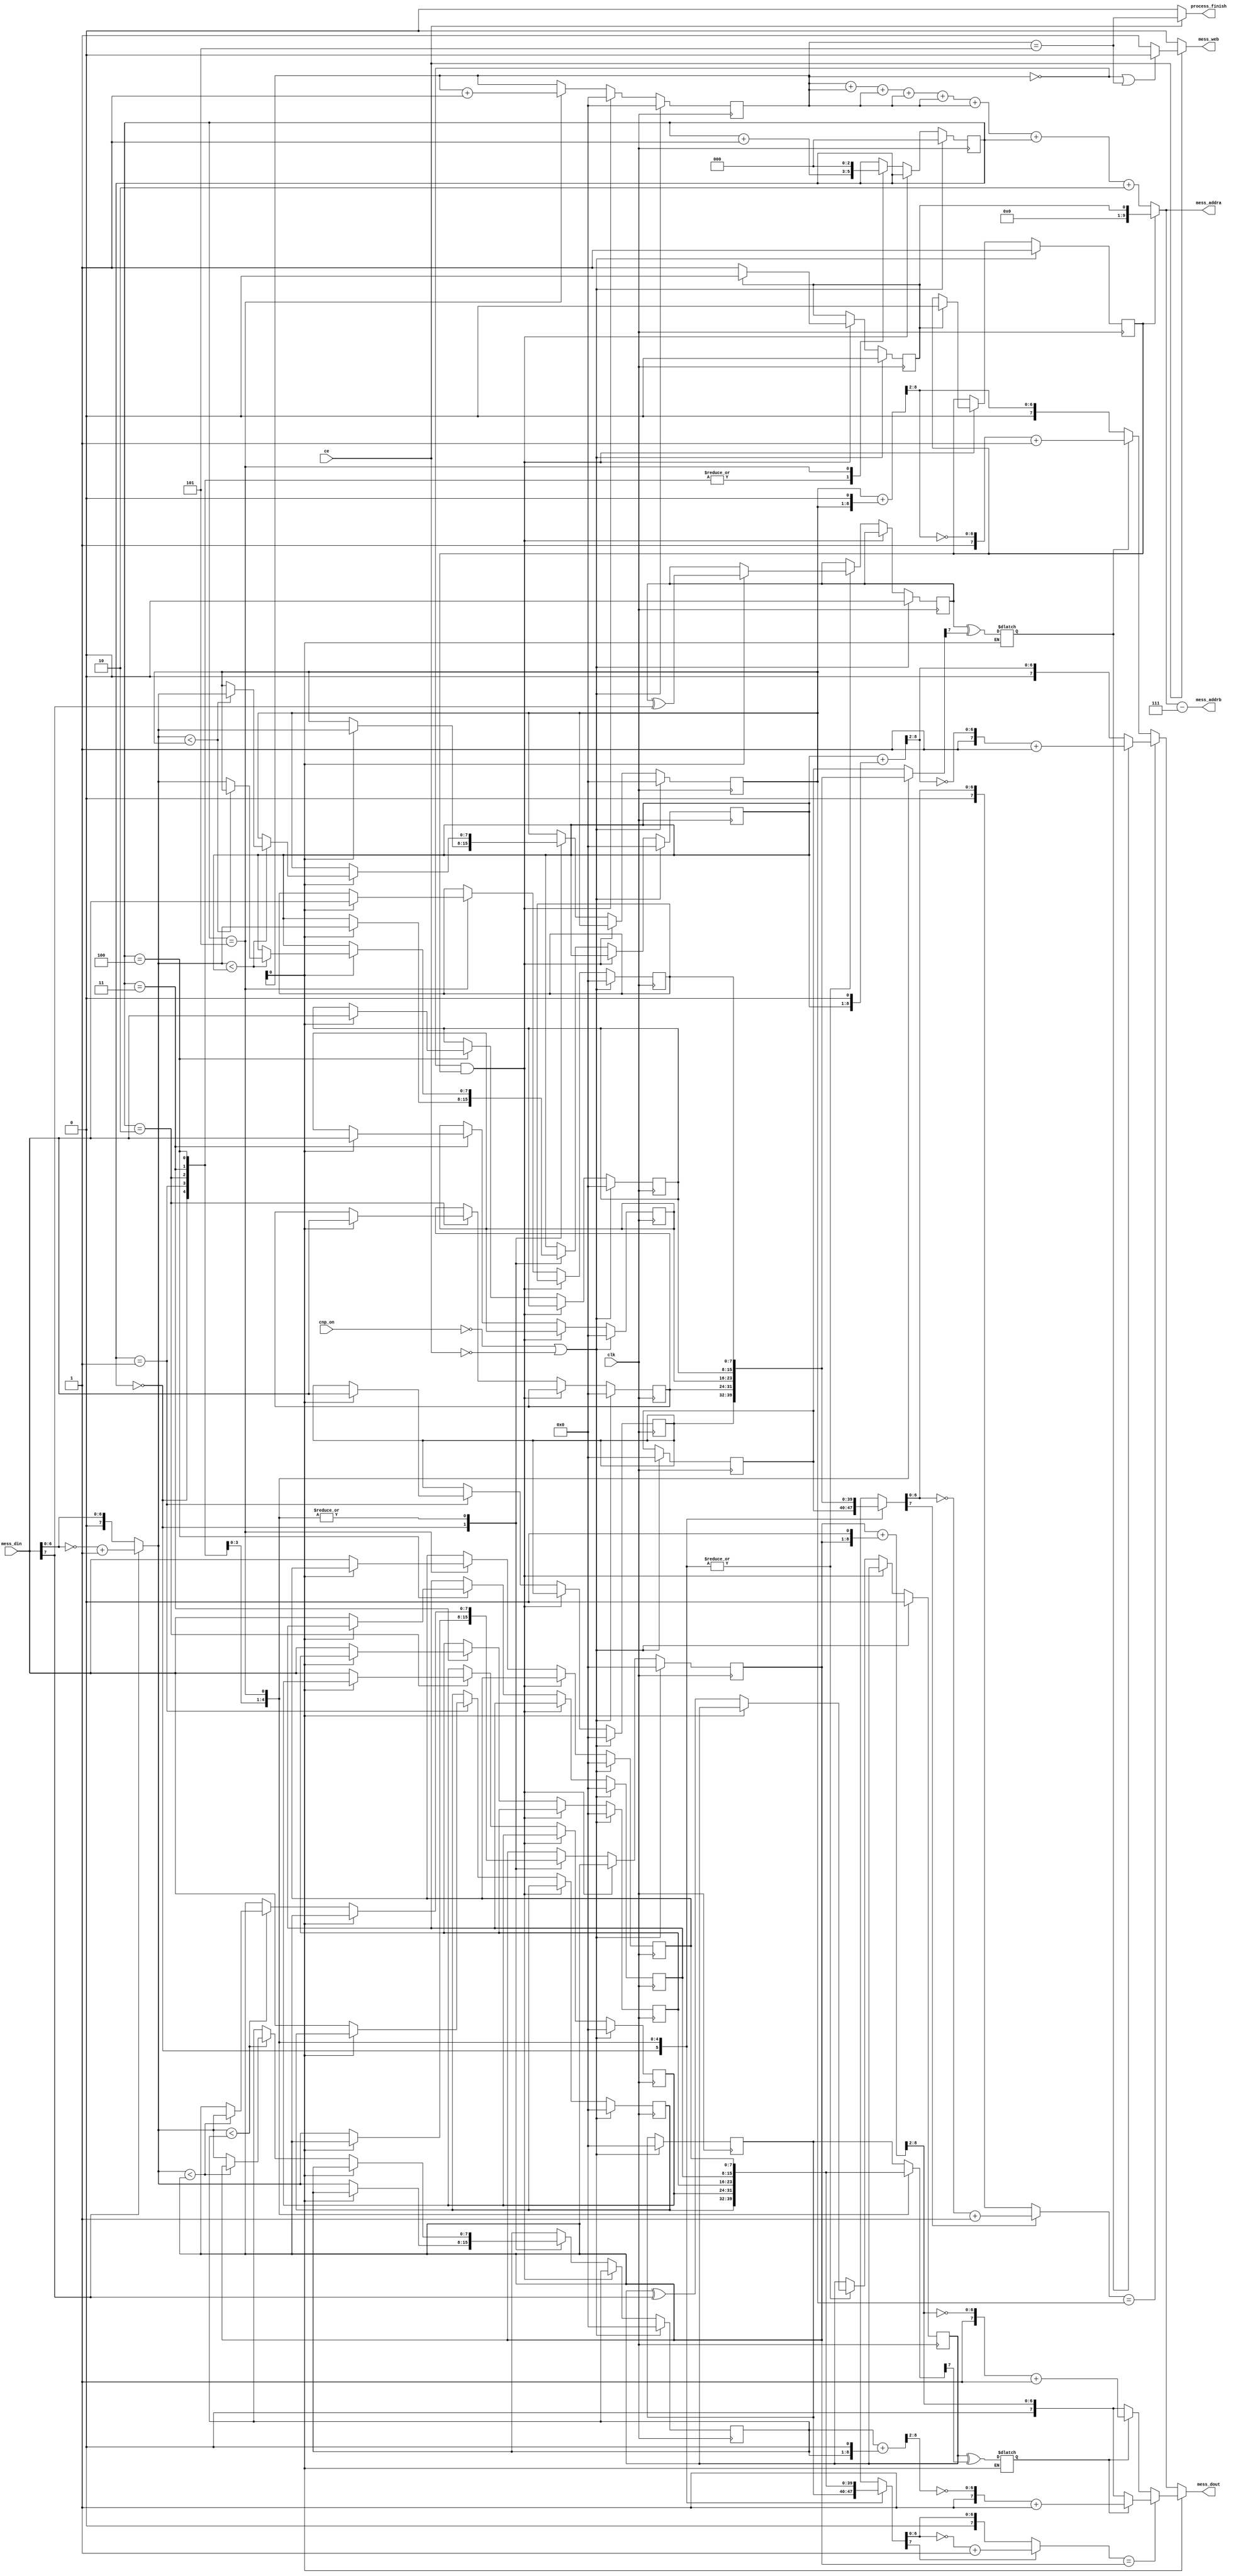
`timescale 1ns / 1ps


module cnp(
  input clk,
  input cnp_on,                 //1cnp0
  input ce,
  input[7:0] mess_din,
  output process_finish,       //cnp
  output mess_web,
  output[9:0] mess_addra,
  output[9:0] mess_addrb,
  output[7:0] mess_dout
    );

reg[2:0] cycle;                  //6
reg[7:0] cnt_c;                    //
reg sign_buff_a;
reg sign_buff_b;
reg[7:0] mess_buff_a[0:5];       //
reg[7:0] mess_buff_b[0:5];
reg[7:0] min_a_1;
reg[7:0] min_b_1;
reg[7:0] min_a_2;
reg[7:0] min_b_2;
reg flag;
reg n;
reg sign_0;
reg sign_1;

parameter c=4;

assign mess_addra = flag?n:(cnt_c+cnt_c+cnt_c+cnt_c+cnt_c+cnt_c+cycle+2'd2);
//interleaver(6*cnt+cycle+2)
assign mess_addrb = mess_addra-4'd7;
assign mess_web = !ce?0:((cnt_c==0||cnt_c==(c+1))?0:1);
assign process_finish = !ce ? 0: (cnt_c==(c+1));

assign mess_dout = !cnt_c[0] ? ((abs(mess_buff_b[cycle])==min_b_2)?(sign_1? ({1'b1,~mult_0_75(min_b_1[7:0])}+1'b1):{1'b0,mult_0_75(min_b_1[7:0])}):(sign_1? ({1'b1,~mult_0_75(min_b_2[7:0])}+1'b1):{1'b0,mult_0_75(min_b_2[7:0])}))
:((abs(mess_buff_a[cycle])==min_a_2)?(sign_0?({1'b1,~mult_0_75(min_a_1[7:0])}+1'b1):{1'b0,mult_0_75(min_a_2[7:0])}):(sign_0?({1'b1,~mult_0_75(min_a_2[7:0])}+1'b1):{1'b0,mult_0_75(min_a_2[7:0])}));

always @(cycle)
 begin
 if(!cnt_c[0])
  sign_1<=sign_buff_b^mess_buff_b[cycle][7];
 else
  sign_0<=sign_buff_a^mess_buff_a[cycle][7];
 end
 
always @(posedge clk)
 if(!cnp_on||!ce)
  begin
   flag<=1;
	n<=0;
	cycle<=0;
	cnt_c<=0;
	sign_buff_a<=0;
	sign_buff_b<=0;
	min_a_1<=0;
	min_a_2<=0;
	min_b_1<=0;
	min_b_2<=0;
	mess_buff_a[0]<=0;
	mess_buff_a[1]<=0;
	mess_buff_a[2]<=0;
	mess_buff_a[3]<=0;
	mess_buff_a[4]<=0;
	mess_buff_a[5]<=0;
	mess_buff_b[0]<=0;
	mess_buff_b[1]<=0;
	mess_buff_b[2]<=0;
	mess_buff_b[3]<=0;
	mess_buff_b[4]<=0;
	mess_buff_b[5]<=0;
  end
 else
  if(cnt_c==0&&flag==1)        //flag
   begin
	 cnt_c<=0;
	 if(n==1)
	  begin
	   n<=0;
		flag<=0;
	  end
	 else
	  n<=1;
	end
  else
   case(cycle)
	 3'b000: begin
	          if(!cnt_c[0])
				  begin
				   sign_buff_a<=sign_buff_a^mess_din[7];
					min_a_1<=abs(mess_din);
					min_a_2<=abs(mess_din);
				  end
				 else
				  begin
				   sign_buff_b<=sign_buff_b^mess_din[7];
					min_b_1<=abs(mess_din);
					min_b_2<=abs(mess_din);
				  end
				 cycle<=cycle+1;
				end
	 3'b001: begin
	         if(!cnt_c[0])
				 begin
	           sign_buff_a<=sign_buff_a^mess_din[7];
				   if(abs(mess_din)<min_a_1)
					 if(abs(mess_din)<min_a_2)
					 begin
				     min_a_1<=min_a_2;
				     min_a_2<=abs(mess_din);
					 end
					else
					 min_a_1<=abs(mess_din);
				 mess_buff_a[1]<=mess_din;
				 end
			   else
				 begin
				  sign_buff_b<=sign_buff_b^mess_din[7];
				   if(abs(mess_din)<min_b_1)
					 if(abs(mess_din)<min_b_2)
					  begin
				      min_b_1<=min_b_2;
				      min_b_2<=abs(mess_din);
					  end
					 else
					  min_b_1<=abs(mess_din);
				   mess_buff_b[1]<=mess_din;
				 end
				cycle<=cycle+1;
			  end
	 3'b010: begin
	         if(!cnt_c[0])
				 begin
	           sign_buff_a<=sign_buff_a^mess_din[7];
				   if(abs(mess_din)<min_a_1)
					 if(abs(mess_din)<min_a_2)
					 begin
				     min_a_1<=min_a_2;
				     min_a_2<=abs(mess_din);
					 end
					else
					 min_a_1<=abs(mess_din);
				 mess_buff_a[2]<=mess_din;
				 end
			   else
				 begin
				  sign_buff_b<=sign_buff_b^mess_din[7];
				   if(abs(mess_din)<min_b_1)
					 if(abs(mess_din)<min_b_2)
					  begin
				      min_b_1<=min_b_2;
				      min_b_2<=abs(mess_din);
					  end
					 else
					  min_b_1<=abs(mess_din);
				   mess_buff_b[2]<=mess_din;
				 end
				cycle<=cycle+1;
			  end
	3'b011: begin
	         if(!cnt_c[0])
				 begin
	           sign_buff_a<=sign_buff_a^mess_din[7];
				   if(abs(mess_din)<min_a_1)
					 if(abs(mess_din)<min_a_2)
					 begin
				     min_a_1<=min_a_2;
				     min_a_2<=abs(mess_din);
					 end
					else
					 min_a_1<=abs(mess_din);
				 mess_buff_a[3]<=mess_din;
				 end
			   else
				 begin
				  sign_buff_b<=sign_buff_b^mess_din[7];
				   if(abs(mess_din)<min_b_1)
					 if(abs(mess_din)<min_b_2)
					  begin
				      min_b_1<=min_b_2;
				      min_b_2<=abs(mess_din);
					  end
					 else
					  min_b_1<=abs(mess_din);
				   mess_buff_b[3]<=mess_din;
				 end
				cycle<=cycle+1;
			  end
	3'b100: begin
	         if(!cnt_c[0])
				 begin
	           sign_buff_a<=sign_buff_a^mess_din[7];
				   if(abs(mess_din)<min_a_1)
					 if(abs(mess_din)<min_a_2)
					 begin
				     min_a_1<=min_a_2;
				     min_a_2<=abs(mess_din);
					 end
					else
					 min_a_1<=abs(mess_din);
				 mess_buff_a[4]<=mess_din;
				 end
			   else
				 begin
				  sign_buff_b<=sign_buff_b^mess_din[7];
				   if(abs(mess_din)<min_b_1)
					 if(abs(mess_din)<min_b_2)
					  begin
				      min_b_1<=min_b_2;
				      min_b_2<=abs(mess_din);
					  end
					 else
					  min_b_1<=abs(mess_din);
				   mess_buff_b[4]<=mess_din;
				 end
				cycle<=cycle+1;
			  end
	3'b101: begin
	         if(!cnt_c[0])
				 begin
	           sign_buff_a<=sign_buff_a^mess_din[7];
				   if(abs(mess_din)<min_a_1)
					 if(abs(mess_din)<min_a_2)
					 begin
				     min_a_1<=min_a_2;
				     min_a_2<=abs(mess_din);
					 end
					else
					 min_a_1<=abs(mess_din);
				 mess_buff_a[5]<=mess_din;
				 end
			   else
				 begin
				  sign_buff_b<=sign_buff_b^mess_din[7];
				   if(abs(mess_din)<min_b_1)
					 if(abs(mess_din)<min_b_2)
					  begin
				      min_b_1<=min_b_2;
				      min_b_2<=abs(mess_din);
					  end
					 else
					  min_b_1<=abs(mess_din);
				   mess_buff_b[5]<=mess_din;
				 end
				cycle<=0;
				cnt_c<=cnt_c+1;
			  end
	endcase
	
function[7:0] abs;                                    //
  input[7:0] value;
   begin
	 abs=value[7]?({1'b0,~value[6:0]}+1'b1):value[7:0];
	end
endfunction

function[6:0] mult_0_75;                             //0.75
   input[7:0] value;
	reg[8:0] temp;
	begin
	 temp={1'b0,value}<<1;
	 mult_0_75=({2'b00,value}+{1'b0,temp})>>2;
	end
endfunction

endmodule